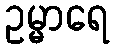
ဥမ္မာရေ